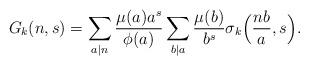
LaTeX: \begin{align*} G_{k}(n,s) = \sum_{a \mid n} \frac{\mu(a) a^s}{\phi(a)} \sum_{b \mid a} \frac{\mu(b)}{b^s} \sigma_{k} \Big( \frac{nb}{a},s \Big). \end{align*}